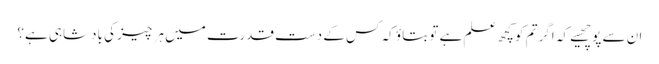
ان سے پوچھیے کہ اگر تم کو کچھ علم ہے تو بتاؤ کہ کس کے دست قدرت میں ہر چیز کی بادشاہی ہے؟